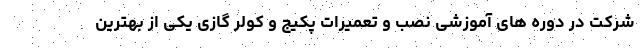
شرکت در دوره های آموزشی نصب و تعمیرات پکیج و کولر گازی یکی از بهترین